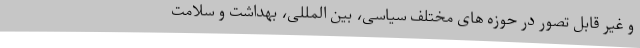
و غیر قابل تصور در حوزه های مختلف سیاسی، بین المللی، بهداشت و سلامت